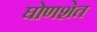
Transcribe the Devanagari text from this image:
घोणशेत